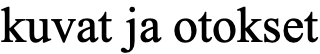
kuvat ja otokset